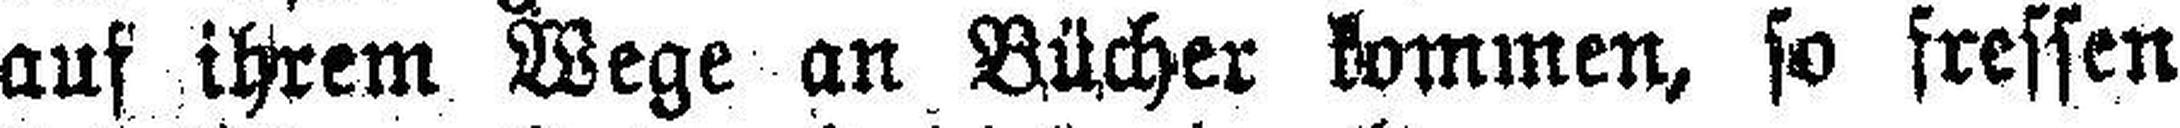
aus ihrem Wege an Bücher Lammen, so fressen